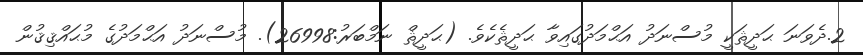
2.ދެވަނަ ޙަދީޘަކީ މުސްނަދު އަޙްމަދުގައިވާ ޙަދީޘެކެވެ. (ޙަދީޘް ނަމްބަރު:26998). މުސްނަދު އަޙްމަދުގެ މުޙައްޤިޤުން